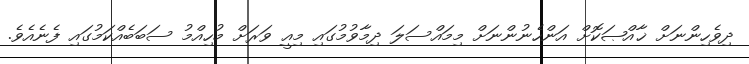
ދިވެހިންނަށް ޚާއްޞަކޮށް އަންހެނުންނަށް މިމައްސަލަ ދިމާވުމުގައި މިއީ ވަރަށް މުހިއްމު ސަބަބެއްކަމުގައި ފެނެއެވެ.